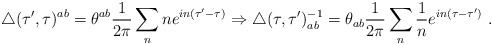
\begin{align*}\triangle(\tau',\tau)^{ab}=\theta^{ab}\frac{1}{2\pi}\sum_n ne^{in(\tau'-\tau)}\Rightarrow\triangle (\tau,\tau')^{-1}_{ab}=\theta_{ab}\frac{1}{2\pi}\sum_n\frac{1}{n}e^{in(\tau-\tau')} \ .\end{align*}